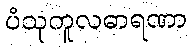
ပံသုကူလဓာရဏာ